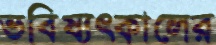
ভবিষ্যৎকালের